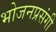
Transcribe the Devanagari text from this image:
भोजनप्रसंगी